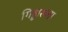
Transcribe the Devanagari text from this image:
गिड्डारुला